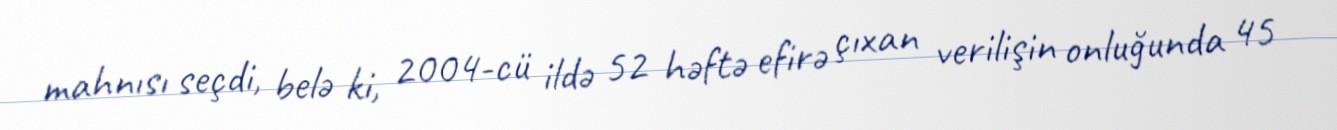
mahnısı seçdi, belə ki, 2004-cü ildə 52 həftə efirə çıxan verilişin onluğunda 45